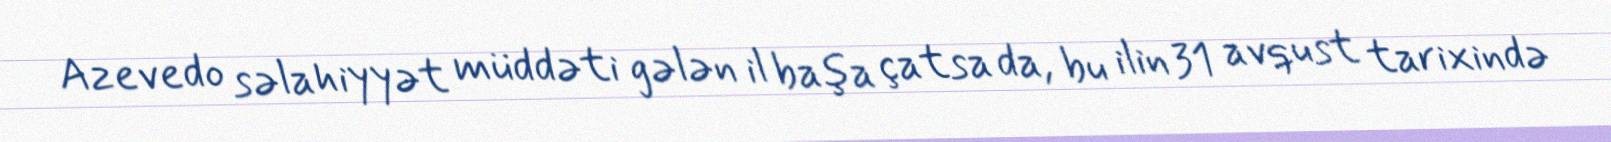
Azevedo səlahiyyət müddəti gələn il başa çatsa da, bu ilin 31 avqust tarixində